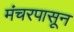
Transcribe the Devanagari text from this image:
मंचरपासून